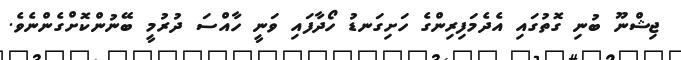
ޖިޝްނޫ ބުނި ގޮތުގައި އެދެމަފިރިންގެ ހަށިގަނޑު ހޯދާފައި ވަނީ ހާއްސަ ދުރުމީ ބޭނުންކޮށްގެންނެވެ.